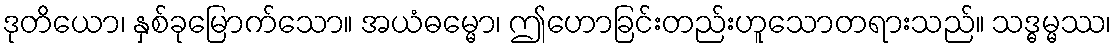
ဒုတိယော၊ နှစ်ခုမြောက်သော။ အယံဓမ္မော၊ ဤဟောခြင်းတည်းဟူသောတရားသည်။ သဒ္ဓမ္မဿ၊